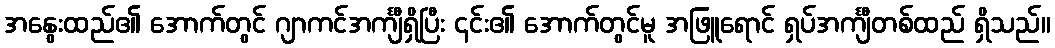
အနွေးထည်၏ အောက်တွင် ဂျာကင်အင်္ကျီရှိပြီး ၎င်း၏ အောက်တွင်မူ အဖြူရောင် ရှပ်အင်္ကျီတစ်ထည် ရှိသည်။